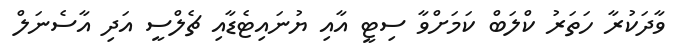
ވާދަކުރާ ހަތަރު ކްލަބް ކަމަށްވާ ސިޓީ އާއި ޔުނައިޓެޑާއި ޗެލްސީ އަދި އާސެނަލް